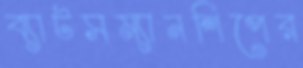
ব্যাটসম্যানশিপের